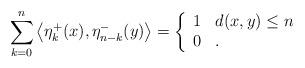
LaTeX: \begin{align*}\sum_{k=0}^n\left\langle\eta_k^+(x),\eta_{n-k}^-(y)\right\rangle=\left\{\begin{array}{ll}1 & d(x,y)\leq n\\ 0 & .\end{array}\right.\end{align*}